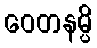
ဝေတနမ္ပိ